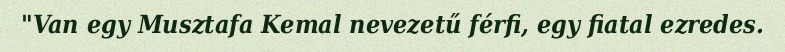
"Van egy Musztafa Kemal nevezetű férfi, egy fiatal ezredes.